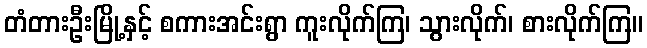
တံတားဦးမြို့နှင့် စကားအင်းရွာ ကူးလိုက်ကြ၊ သွားလိုက်၊ စားလိုက်ကြ။